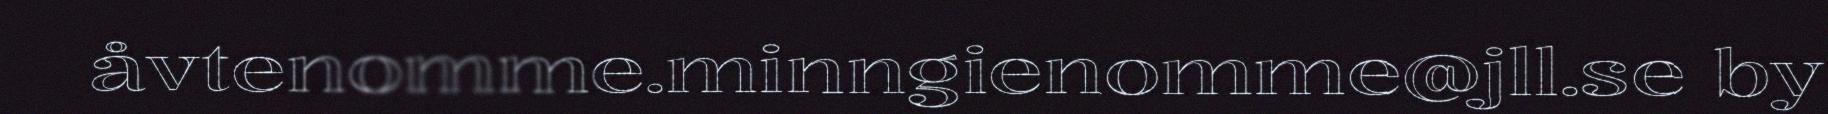
åvtenomme.minngienomme@jll.se by